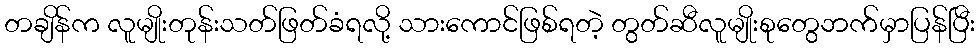
တချိန်က လူမျိုးတုန်းသတ်ဖြတ်ခံရလို့ သားကောင်ဖြစ်ရတဲ့ တွတ်ဆီလူမျိုးစုတွေဘက်မှာပြန်ပြီး